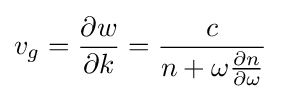
v_{g}={\frac {\partial w}{\partial k}}={\frac {c}{n+\omega {\frac {\partial n}{\partial \omega }}}}